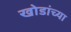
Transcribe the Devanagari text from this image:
खोडांच्या